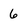
Character: 6